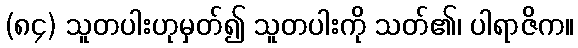
(၈၄) သူတပါးဟုမှတ်၍ သူတပါးကို သတ်၏၊ ပါရာဇိက။